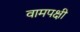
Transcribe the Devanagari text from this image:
वामपक्षी